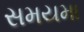
સમયમા